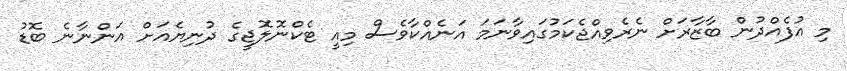
މި އުފެއްދުން ބާޒާރަށް ނެރެވިއްޖެކަމުގައިވާނަމަ އަނެއްކާވެސް މިއީ ޓެކްނޮލޮޖީގެ ދުނިޔެއަށް އަންނާނެ ބޮޑު